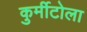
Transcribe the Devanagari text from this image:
कुर्मीटोला